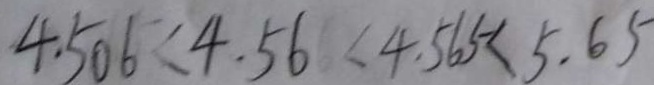
4 . 5 0 6 < 4 . 5 6 < 4 . 5 6 5 < 5 . 6 5